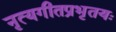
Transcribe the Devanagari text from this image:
नृत्यगीतप्रभृतयः